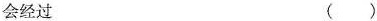
会经过 （ ）